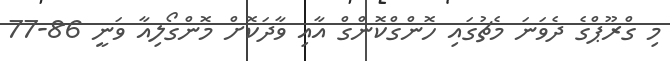
މި ގްރޫޕްގެ ދެވަނަ މެޗުގައި ހޮންގްކޮންގް އާއި ވާދަކޮށް މޮންގޯލިއާ ވަނީ 86-77